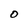
Character: O